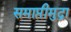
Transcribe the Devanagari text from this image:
समाप्तीमुद्रा